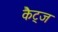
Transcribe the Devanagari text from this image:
कैट्ज